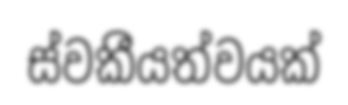
ස්වකීයත්වයක්